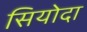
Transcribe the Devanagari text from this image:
सियोदा